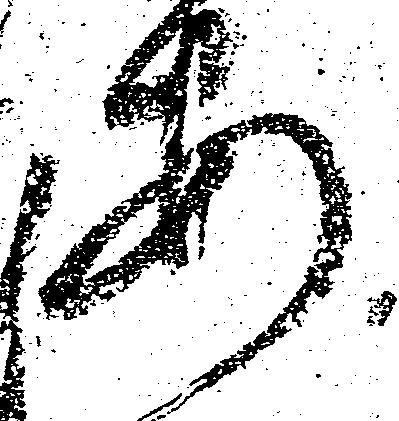
あ